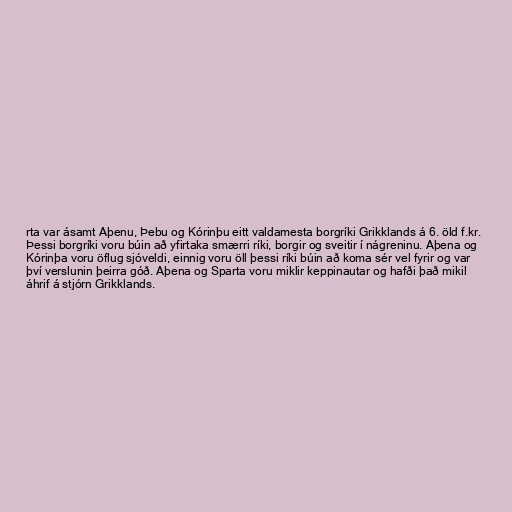
rta var ásamt Aþenu, Þebu og Kórinþu eitt valdamesta borgríki Grikklands á 6. öld f.kr.
Þessi borgríki voru búin að yfirtaka smærri ríki, borgir og sveitir í nágreninu. Aþena og
Kórinþa voru öflug sjóveldi, einnig voru öll þessi ríki búin að koma sér vel fyrir og var
því verslunin þeirra góð. Aþena og Sparta voru miklir keppinautar og hafði það mikil
áhrif á stjórn Grikklands.